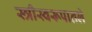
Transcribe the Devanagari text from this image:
स्त्रीस्वरूपातले